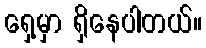
ရှေ့မှာ ရှိနေပါတယ်။